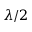
\lambda / 2